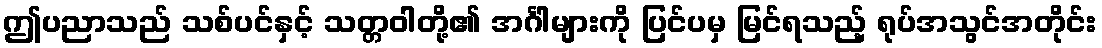
ဤပညာသည် သစ်ပင်နှင့် သတ္တဝါတို့၏ အင်္ဂါများကို ပြင်ပမှ မြင်ရသည့် ရုပ်အသွင်အတိုင်း